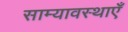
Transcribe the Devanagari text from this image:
साम्यावस्थाएँ